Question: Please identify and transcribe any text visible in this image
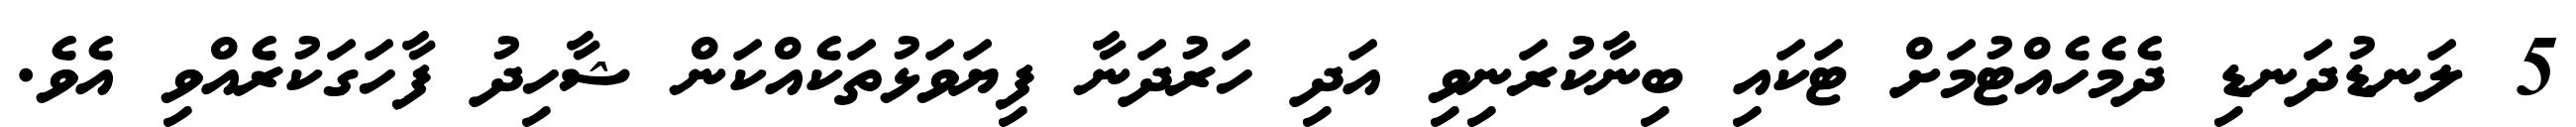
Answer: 5 ލަނޑުދަނޑި ދެމެހެއްޓުމަށް ޓަކައި ބިނާކުރަނިވި އަދި ހަރުދަނާ ފިޔަވަޅުތަކެއްކަން ޝާހިދު ފާހަގަކުރެއްވި އެވެ.